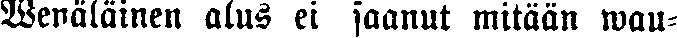
Wenäläinen alus ei saanut mitään wau-